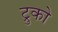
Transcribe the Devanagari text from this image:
ट्रुको